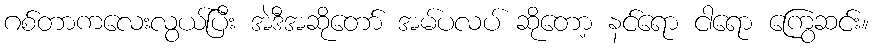
ဂစ်တာကလေးလွယ်ပြီး အဲဒီအဆိုတော် အမ်ပလပ် ဆိုတော့ နင်ရော ငါရော ကြွေဆင်း။